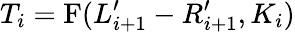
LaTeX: T_{i}=\mathrm{F}(L_{i+1}^{\prime}-R_{i+1}^{\prime},K_{i})